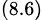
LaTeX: _{(8.6)}